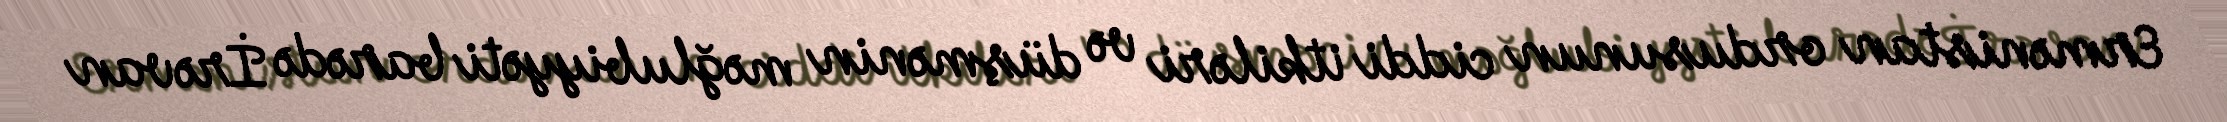
Ermənistan ordusunun ciddi itkiləri və düşmənin məğlubiyyəti barədə İrəvan